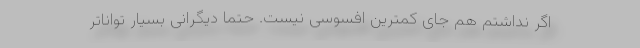
اگر نداشتم هم جای کمترین افسوسی نیست. حتماً دیگرانی بسیار تواناتر